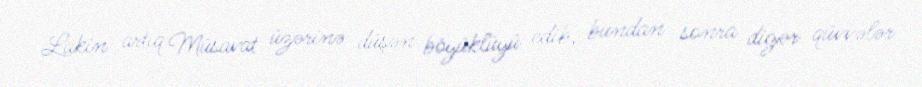
Lakin artıq Müsavat üzərinə düşən böyüklüyü edib, bundan sonra digər qüvvələr